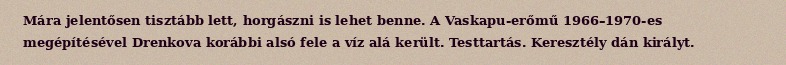
Mára jelentősen tisztább lett, horgászni is lehet benne. A Vaskapu-erőmű 1966–1970-es megépítésével Drenkova korábbi alsó fele a víz alá került. Testtartás. Keresztély dán királyt.